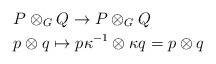
LaTeX: \begin{align*}&P\otimes_{G}Q \rightarrow P\otimes_{G}Q \\&p\otimes q \mapsto p\kappa^{-1}\otimes \kappa q = p\otimes q\end{align*}